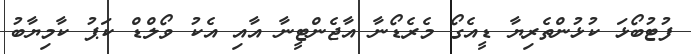
ފުޓުބޯޅަ ކުޅުންތެރިޔާ ޑީއެގޯ މެރެޑޯނާ އާޖެންޓީނާ އާއި އެކު ވޯލްޑް ކަޕު ކާމިޔާބު